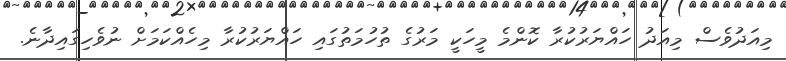
މިއަދުވެސް މިއަދު ހައްޔަރުކުރާ ކޮންމެ މީހަކީ މަރުގެ ތުހުމަތުގައި ހައްޔަރުކުރާ މިހެއްކަމަށް ނުވެހިގައިދާނެ.